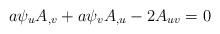
\begin{align*}a\psi_{u} A_{,v}+a \psi_{v} A_{,u}-2 A_{uv}=0 \end{align*}